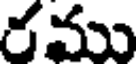
రము